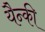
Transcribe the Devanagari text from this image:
यैन्की